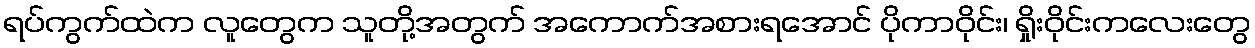
ရပ်ကွက်ထဲက လူတွေက သူတို့အတွက် အကောက်အစားရအောင် ပိုကာဝိုင်း၊ ရှိုးဝိုင်းကလေးတွေ